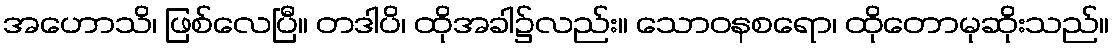
အဟောသိ၊ ဖြစ်လေပြီ။ တဒါပိ၊ ထိုအခါ၌လည်း။ သောဝနစရော၊ ထိုတောမုဆိုးသည်။